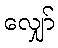
လျှော်